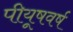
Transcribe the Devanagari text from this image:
पीयूषवर्ष